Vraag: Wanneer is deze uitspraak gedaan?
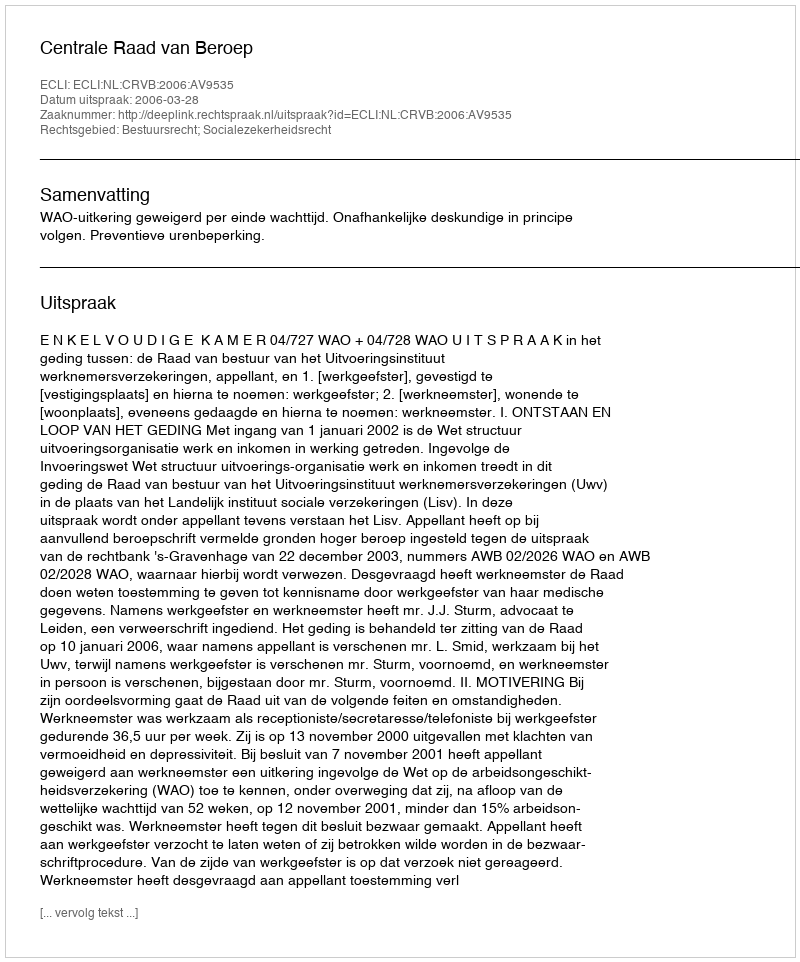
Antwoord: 2006-03-28